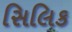
સિલિક